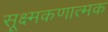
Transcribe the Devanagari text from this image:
सूक्ष्मकणात्मक